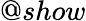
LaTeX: @show